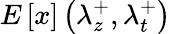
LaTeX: E\left[x\right]\left(\lambda_{z}^{+},\lambda_{t}^{+}\right)